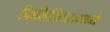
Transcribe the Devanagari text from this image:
फिलिपिन्समध्ये